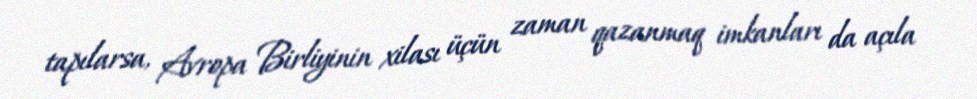
tapılarsa, Avropa Birliyinin xilası üçün zaman qazanmaq imkanları da açıla